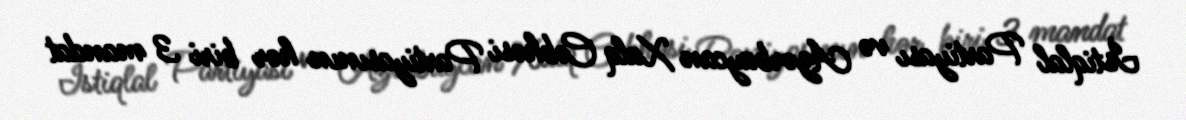
İstiqlal Partiyası və Azərbaycan Xalq Cəbhəsi Partiyasının hər biri 3 mandat